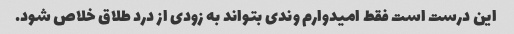
این درست است فقط امیدوارم وندی بتواند به زودی از درد طلاق خلاص شود.